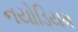
નયોડિયમ